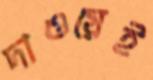
দাওয়েই